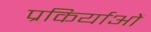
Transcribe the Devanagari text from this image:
प्रकिर्याओं